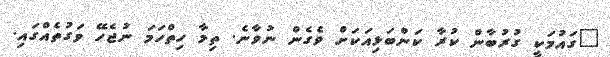
"ގައުމަކީ ގުރުބާން ކުރާ ކަންބަޅިއަކަށް ވެގެން ނުވާނެ. ތިމާ ހިތްހަމަ ނުޖެހޭ ވަގުތެއްގައި.